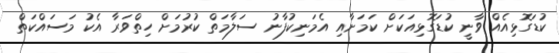
ކުޑަގޮޅިއެއް ވާނީ ކުޑަގޮޅިއަކަށް ކަމަށާއި އެމަނިކުފާނު ސަލާމަތް ކުރުމަށް ހިތްވަރާ އެކު މަސައްކަތް